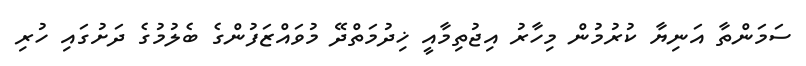
ސަމަންތާ އަނިޔާ ކުރުމުން މިހާރު އިޖުތިމާއީ ޚިދުމަތްދޭ މުވައްޒަފުންގެ ބެލުމުގެ ދަށުގައި ހުރި